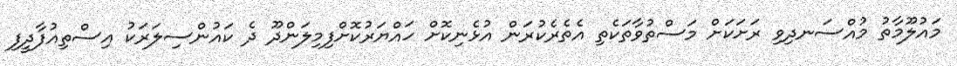
މައުލޫމާތު މުއްސަނދިވި ރަށަކަށް މަސްތުވާތަކެތި އެތެރެކުރަން އުޅެނިކޮށް ހައްޔަރުކޮށްފިމިލަންދޫ ދެ ކައުންސިލަރަކު އިސްތިއުފާދީފި